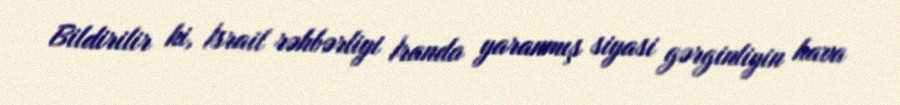
Bildirilir ki, İsrail rəhbərliyi İranda yaranmış siyasi gərginliyin hava